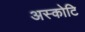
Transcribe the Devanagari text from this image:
अस्कोटि